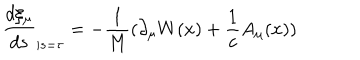
\frac { d \xi _ { \mu } } { d s } _ { | s = \tau } = - \frac { 1 } { M } ( \partial _ { \mu } W ( x ) + \frac { 1 } { c } A _ { \mu } ( x ) )